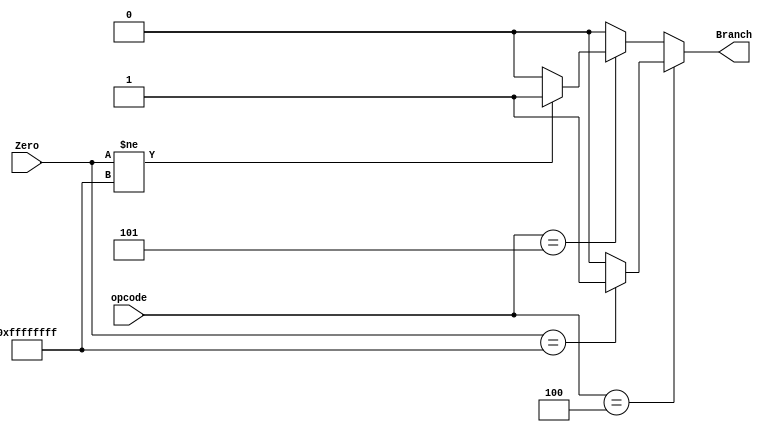
module Branch_calc(opcode, Zero, Branch);
	input [5:0] opcode;
	input [31:0] Zero; //From XNOR gate
	output reg Branch;

	always@(opcode or Zero)
	begin

		if (opcode == 6'b000100) //beq
		begin
			if(Zero == 32'hffffffff) Branch <= 1'b1;
			else Branch <= 1'b0;
		end

		else if (opcode == 6'b000101) //bne
		begin
			if(Zero != 32'hffffffff) Branch <= 1'b1;
			else Branch <= 1'b0;
		end

		else Branch <= 1'b0;
	end

endmodule